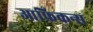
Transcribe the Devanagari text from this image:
आफ्रिकन्स